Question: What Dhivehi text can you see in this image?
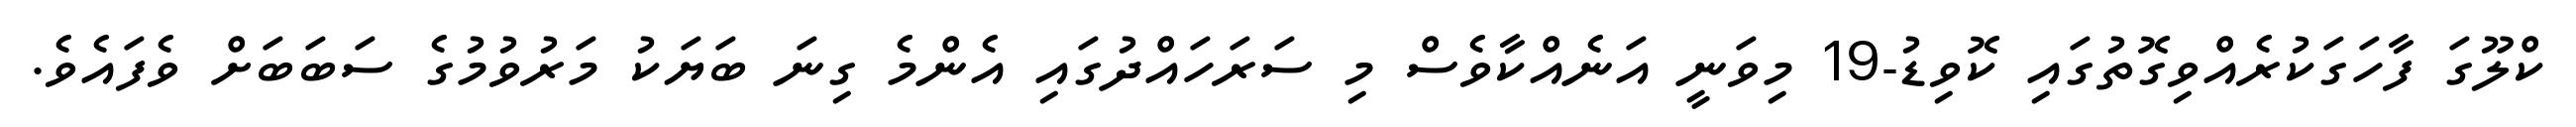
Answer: ކްލޫގަ ފާހަގަކުރެއްވިގޮތުގައި ކޮވިޑު-19 މިވަނީ އަނެއްކާވެސް މި ސަރަހައްދުގައި އެންމެ ގިނަ ބަޔަކު މަރުވުމުގެ ސަބަބަށް ވެފައެވެ.